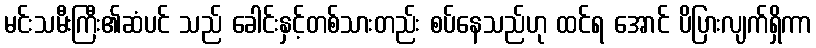
မင်းသမီးကြီး၏ဆံပင် သည် ခေါင်းနှင့်တစ်သားတည်း စပ်နေသည်ဟု ထင်ရ အောင် ပိပြားလျက်ရှိကာ